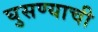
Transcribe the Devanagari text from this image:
घुसण्याची